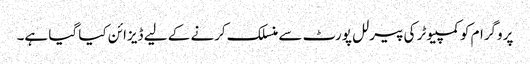
پروگرام کو کمپیوٹر کی پیرلل پورٹ سے منسلک کرنے کے لیے ڈیزائن کیا گیا ہے۔